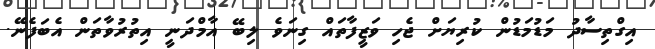
އިގްތިސާދު މަޑުމަޑުން ކުރިޔަށް ޖެހި ވަޒީފާތައް ގިނަވެ ލިބޭ އާމްދަނީ އިތުރުވާތަން އެބަފެނޭ.